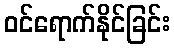
ဝင်ရောက်နိုင်ခြင်း